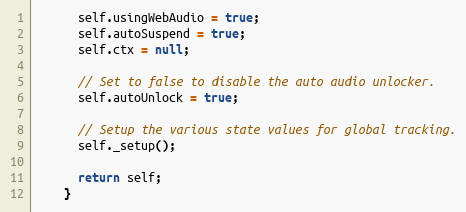
Language: JavaScript
      self.usingWebAudio = true;
      self.autoSuspend = true;
      self.ctx = null;

      // Set to false to disable the auto audio unlocker.
      self.autoUnlock = true;

      // Setup the various state values for global tracking.
      self._setup();

      return self;
    }